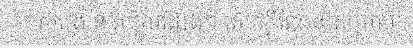
ការបង្រៀន សម្ភារផ្សេងៗ សេចក្តីណែនាំសម្រាប់